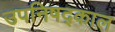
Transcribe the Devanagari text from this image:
उपनिषद्काल